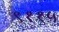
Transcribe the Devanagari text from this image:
९११५